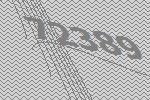
72389